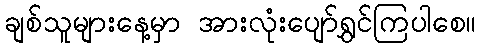
ချစ်သူများနေ့မှာ အားလုံးပျော်ရွှင်ကြပါစေ။